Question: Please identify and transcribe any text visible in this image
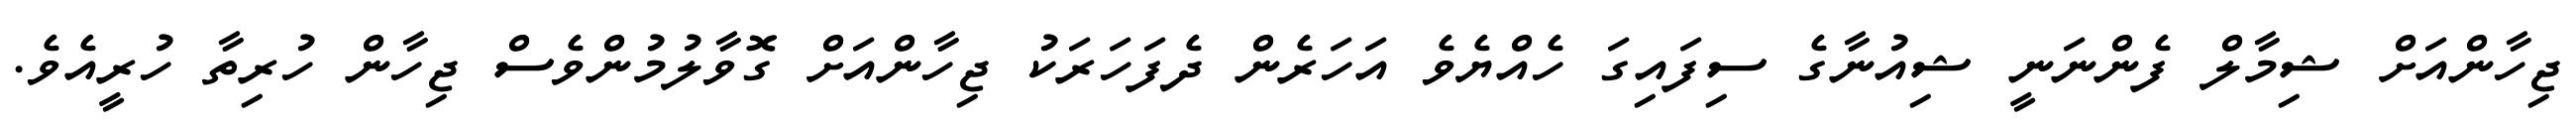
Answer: ޖިހާންއަށް ޝިމާލް ފެންނަނީ ޝިއުނާގެ ސިފައިގަ ހެއްޔެވެ އަހަރެން ދެފަހަރަކު ޖިހާންއަށް ގޮވާލުމުންވެސް ޖިހާން ހުރިތާ ހުރީއެވެ.